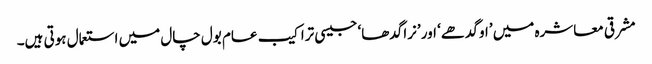
مشرقی معاشرہ میں ’او گدھے‘ اور ’نرا گدھا‘ جیسی تراکیب عام بول چال میں استعمال ہوتی ہیں۔